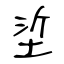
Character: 垽